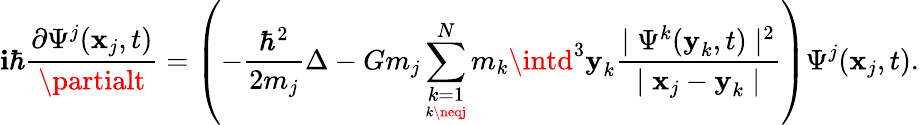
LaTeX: \mathbf{i}\hbar\frac{{\partial\Psi^{j}(\textbf{{x}}_{j},t)}}{{\partialt}}=\left(-\frac{{\hbar^{2}}}{{2m_{j}}}\Delta-Gm_{j}\sum_{\underset{k\neqj}{k=1}}^{N}m_{k}\intd^{3}\textbf{{y}}_{k}\frac{{\mid\Psi^{k}(\textbf{{y}}_{k},t)\mid^{2}}}{{\mid\textbf{{x}}_{j}-\textbf{{y}}_{k}\mid}}\right)\Psi^{j}(\textbf{{x}}_{j},t).